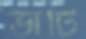
ভাঁটি